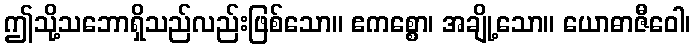
ဤသို့သဘောရှိသည်လည်းဖြစ်သော။ ဧကစ္စော၊ အချို့သော။ ယောဓာဇီဝေါ၊